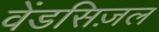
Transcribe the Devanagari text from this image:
वेंडसिज़ल